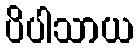
ပိပါသာယ